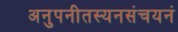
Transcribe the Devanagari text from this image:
अनुपनीतस्यनसंचयनं